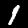
Label: 1